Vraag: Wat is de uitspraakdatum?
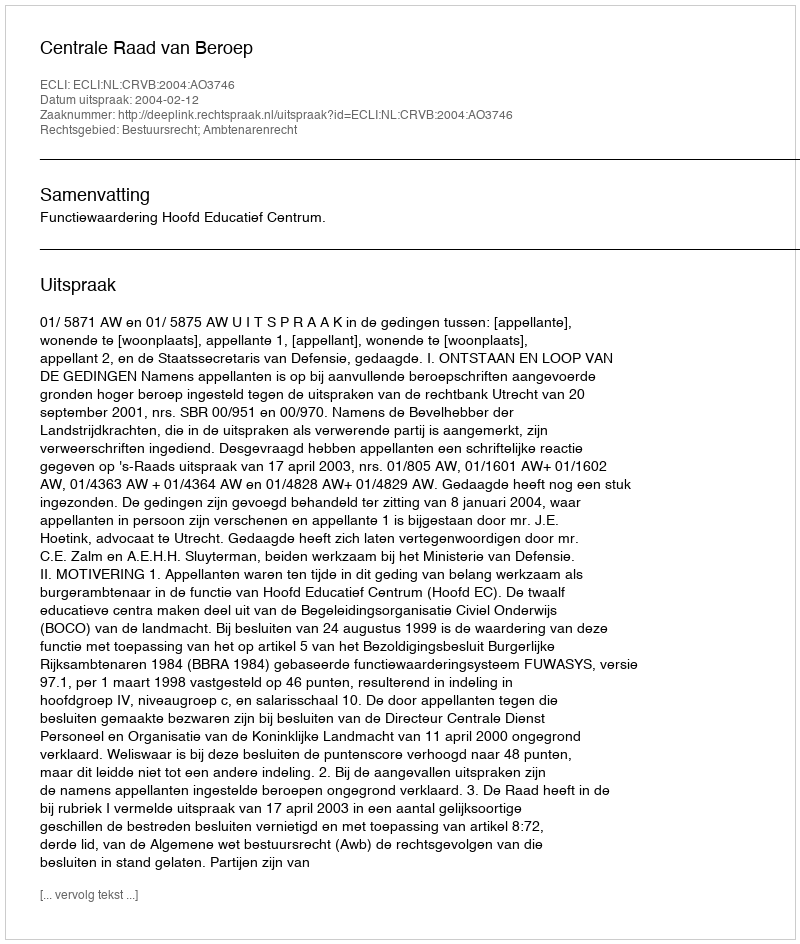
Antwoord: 2004-02-12